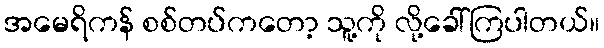
အမေရိကန် စစ်တပ်ကတော့ သူ့ကို လို့ခေါ်ကြပါတယ်။